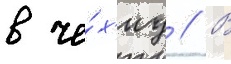
в че́х'иу // В